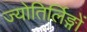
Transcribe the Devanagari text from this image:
ज्योतिर्लिङ्गों